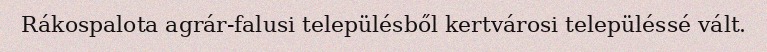
Rákospalota agrár-falusi településből kertvárosi településsé vált.